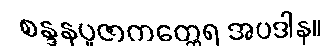
စန္ဒနပူဇာကတ္ထေရ အပဒါန။